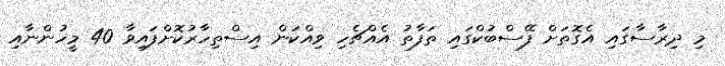
މި ދިރާސާގައި އެގޮތަށް ފޭސްބުކްގައި ތަފާތު އެއްޗެހި ވިއްކަން އިސްތިހާރުކޮށްފައިވާ 40 މީހުންނާއި